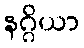
နဂ္ဂိယာ